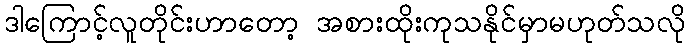
ဒါကြောင့်လူတိုင်းဟာတော့ အစားထိုးကုသနိုင်မှာမဟုတ်သလို